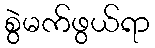
စွဲမက်ဖွယ်ရာ